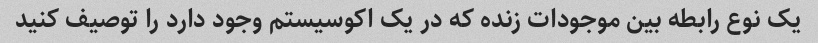
یک نوع رابطه بین موجودات زنده که در یک اکوسیستم وجود دارد را توصیف کنید